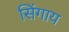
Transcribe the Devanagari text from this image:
सिंगाय